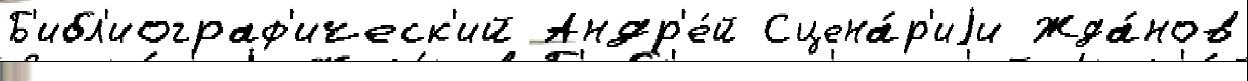
Б'ибл'иограф'ическ'ий Андр'е́й Сцена́р'иjи Жда́нов